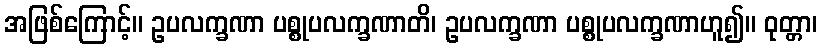
အဖြစ်ကြောင့်။ ဥပလက္ခဏာ ပစ္စုပလက္ခဏာတိ၊ ဥပလက္ခဏာ ပစ္စုပလက္ခဏာဟူ၍။ ဝုတ္တာ၊